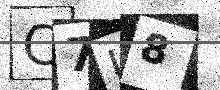
Text: C7U8